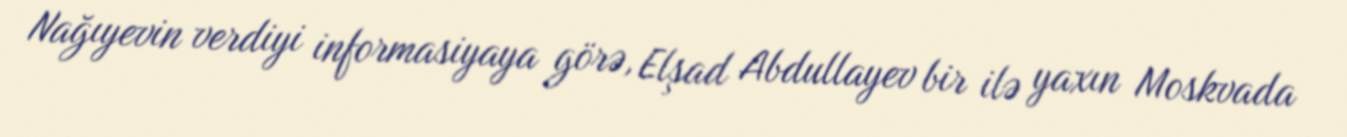
Nağıyevin verdiyi informasiyaya görə, Elşad Abdullayev bir ilə yaxın Moskvada